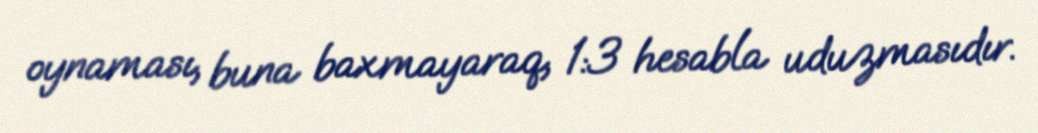
oynaması, buna baxmayaraq, 1:3 hesabla uduzmasıdır.